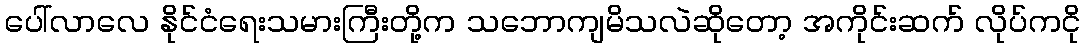
ပေါ်လာလေ နိုင်ငံရေးသမားကြီးတို့က သဘောကျမိသလဲဆိုတော့ အကိုင်းဆက် လိုပ်ကငို